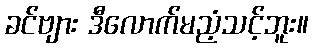
ခင်ဗျား ဒီလောက်မညံ့သင့်ဘူး။